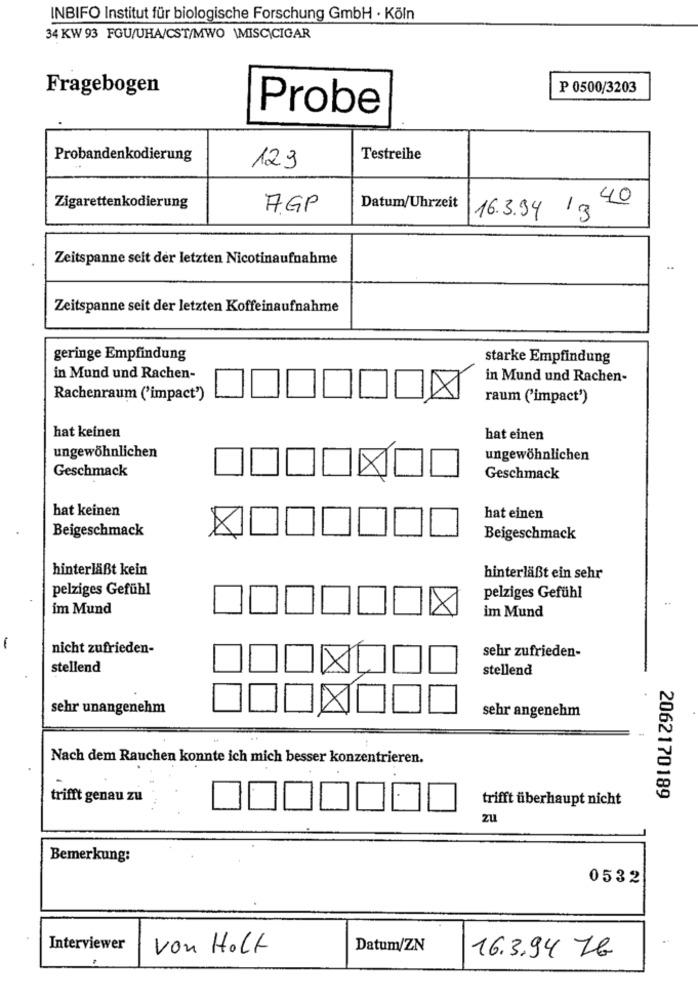
INBIFO Institut für biologische Forschung GmbH · Köln
34 KW 93 FGU/UHA/CST/MWO \MISC|CIGAR
Fragebogen
P 0500/3203
Probe
Probandenkodierung
Testreihe
129
Zigarettenkodierung
7GP
Datum/Uhrzeit
40
16.3.34 13
Zeitspanne seit der letzten Nicotinaufnahme
Zeitspanne seit der letzten Koffeinaufnahme
geringe Empfindung
starke Empfindung
in Mund und Rachen-
in Mund und Rachen-
Rachenraum ('impact')
raum ('impact')
hat keinen
hat einen
ungewöhnlichen
ungewöhnlichen
Geschmack
Geschmack
hat keinen
hat einen
Beigeschmack
Beigeschmack
hinterläßt kein
hinterläßt ein sehr
pelziges Gefühl
pelziges Gefühl
im Mund
im Mund
-
nicht zufrieden-
sehr zufrieden-
stellend
stellend
sehr unangenehm
sehr angenehm
Nach dem Rauchen konnte ich mich besser konzentrieren.
2062170189
trifft genau zu
trifft überhaupt nicht
zu
Bemerkung:
0532
Interviewer
von Holt
Datum/ZN
16.3.94 7b